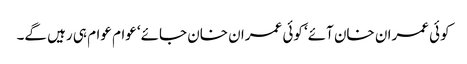
کوئی عمران خان آئے‘ کوئی عمران خان جائے‘ عوام عوام ہی رہیں گے۔